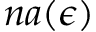
n a ( \epsilon )